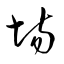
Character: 塲